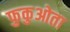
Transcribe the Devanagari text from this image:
फुकुओता